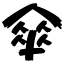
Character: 傘